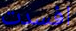
افسدت